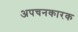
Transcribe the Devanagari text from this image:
अपचनकारक